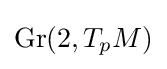
{\text{Gr}}(2,T_{p}M)